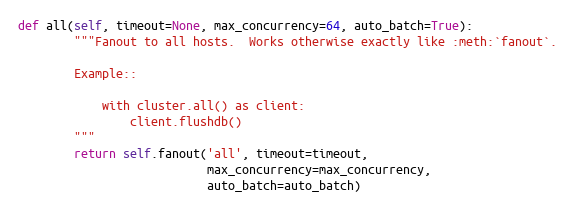
Language: Python
def all(self, timeout=None, max_concurrency=64, auto_batch=True):
        """Fanout to all hosts.  Works otherwise exactly like :meth:`fanout`.

        Example::

            with cluster.all() as client:
                client.flushdb()
        """
        return self.fanout('all', timeout=timeout,
                           max_concurrency=max_concurrency,
                           auto_batch=auto_batch)